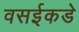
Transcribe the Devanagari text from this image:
वसईकडे